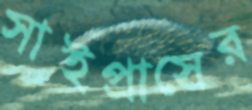
সাইপ্রাসের